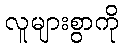
လူများစွာကို